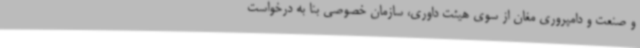
و صنعت و دامپروری مغان از سوی هیئت داوری، سازمان خصوصی بنا به درخواست